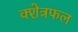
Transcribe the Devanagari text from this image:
क्शेत्रफल